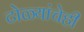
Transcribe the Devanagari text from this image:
टोळ्यांचेही